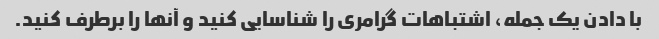
با دادن یک جمله، اشتباهات گرامری را شناسایی کنید و آنها را برطرف کنید.